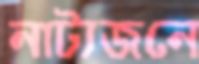
নাট্যজনে